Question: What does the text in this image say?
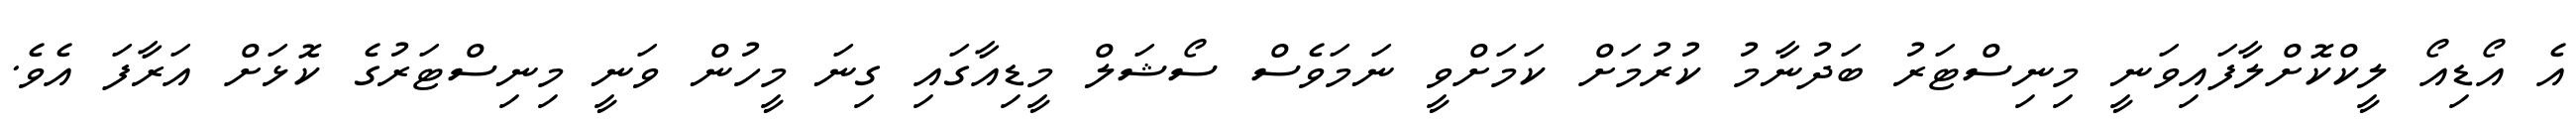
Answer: އެ އޯޑިއޯ ލީކްކޮށްލާފައިވަނީ މިނިސްޓަރު ބަދުނާމު ކުރުމަށް ކަމަށްވީ ނަމަވެސް ސޯޝަލް މީޑިއާގައި ގިނަ މީހުން ވަނީ މިނިސްޓަރުގެ ކޮޅަށް އަރާފަ އެވެ.